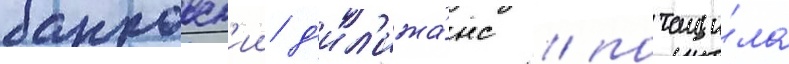
банковск'ии д'ил'ижа́нс / потащи́ла